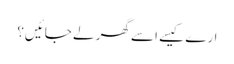
ارے کیسے اسے گھر لے جائیں؟